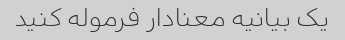
یک بیانیه معنادار فرموله کنید